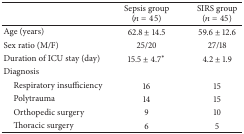
<table><thead><tr><td>[EMPTY_CELL]</td><td><b>Sepsis group (<i>n</i> = 45)</b></td><td><b>SIRS group (<i>n</i> = 45)</b></td></tr></thead><tbody><tr><td>Age (years)</td><td>62.8 ± 14.5</td><td>59.6 ± 12.6</td></tr><tr><td>Sex ratio (M/F)</td><td>25/20</td><td>27/18</td></tr><tr><td>Duration of ICU stay (day)</td><td>15.5 ± 4.7*</td><td>4.2 ± 1.9</td></tr><tr><td>Diagnosis</td><td>[EMPTY_CELL]</td><td>[EMPTY_CELL]</td></tr><tr><td> Respiratory insufficiency</td><td>16</td><td>15</td></tr><tr><td> Polytrauma</td><td>14</td><td>15</td></tr><tr><td> Orthopedic surgery</td><td>9</td><td>10</td></tr><tr><td> Thoracic surgery</td><td>6</td><td>5</td></tr></tbody></table>